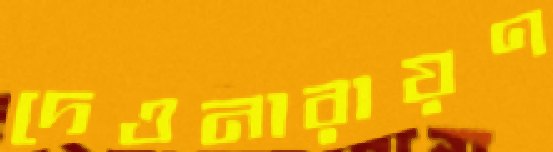
দেওনারায়ণ